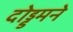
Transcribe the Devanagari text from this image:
दो़ड्डमने